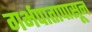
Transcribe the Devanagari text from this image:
गर्भपातापासून